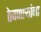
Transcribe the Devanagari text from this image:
ठेवणाऱ्यांना